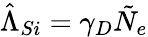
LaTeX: \hat{\Lambda}_{Si}=\gamma_{D}\tilde{N}_{e}